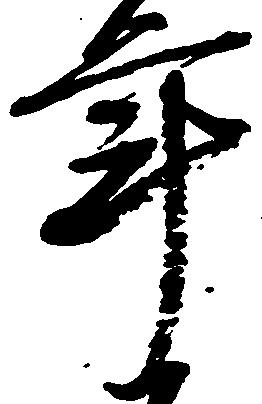
年